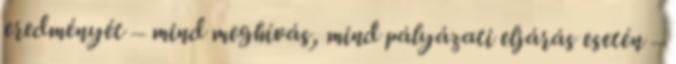
eredményét – mind meghívás, mind pályázati eljárás esetén –